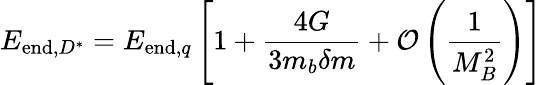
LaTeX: E_{\mathrm{end},D^{*}}=E_{\mathrm{end},q}\left[1+{\frac{4G}{3m_{b}\delta m}}+{\cal O}\left({\frac{1}{M_{B}^{2}}}\right)\right]